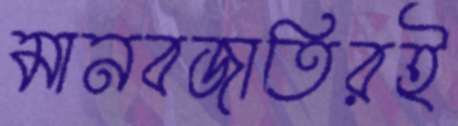
মানবজাতিরই